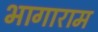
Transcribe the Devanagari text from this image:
भागाराम